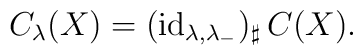
C_\lambda(X)=(\mathrm{id}_{\lambda,\lambda_-})_\sharp\,C(X).